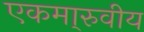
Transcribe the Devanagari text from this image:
एकमा्रुवीय